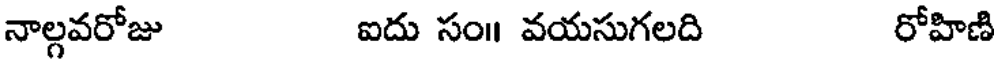
నాల్గవరోజు ఐదు సం॥ వయసుగలది రోహిణి